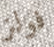
فولز